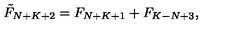
\tilde { F } _ { N + K + 2 } = F _ { N + K + 1 } + F _ { K - N + 3 } ,